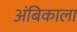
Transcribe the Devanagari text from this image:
अंबिकाला